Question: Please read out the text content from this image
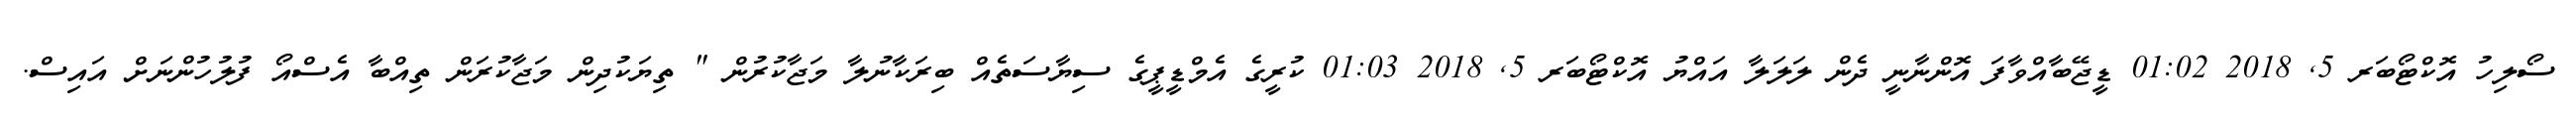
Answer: ސޯލިހު އޮކްޓޯބަރ 5, 2018 01:02 ޑީޖޭބާއްވާފަ އޮންނާނީ ދެން ލަލަލާ އައްޔު އޮކްޓޯބަރ 5, 2018 01:03 ކުރީގެ އެމްޑީޕީގެ ސިޔާސަތެއް ބިރަކާނުލާ މަޖާކުރުން " ތިޔަކުދިން މަޖާކުރަން ތިއްބާ އެސްއޯ ފުލުހުންނަށް އައިސް.